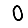
Digit: 0